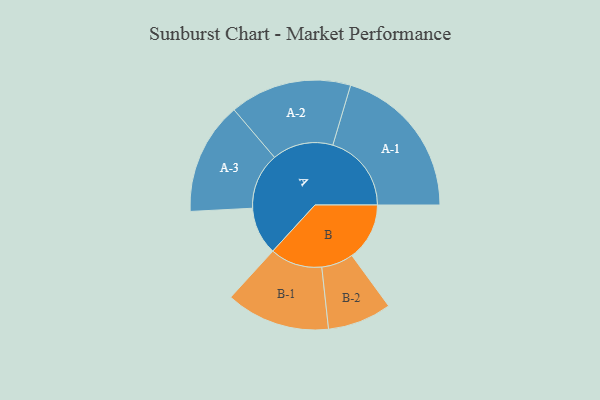
{"axis": {"x": "Segment", "y": "Value"}, "legend": ["", "A", "B"], "data": [{"x": "A", "y": 173, "type": ""}, {"x": "B", "y": 209, "type": ""}, {"x": "A-1", "y": 285, "type": "A"}, {"x": "A-2", "y": 221, "type": "A"}, {"x": "A-3", "y": 204, "type": "A"}, {"x": "B-1", "y": 189, "type": "B"}, {"x": "B-2", "y": 116, "type": "B"}]}